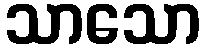
သာသော